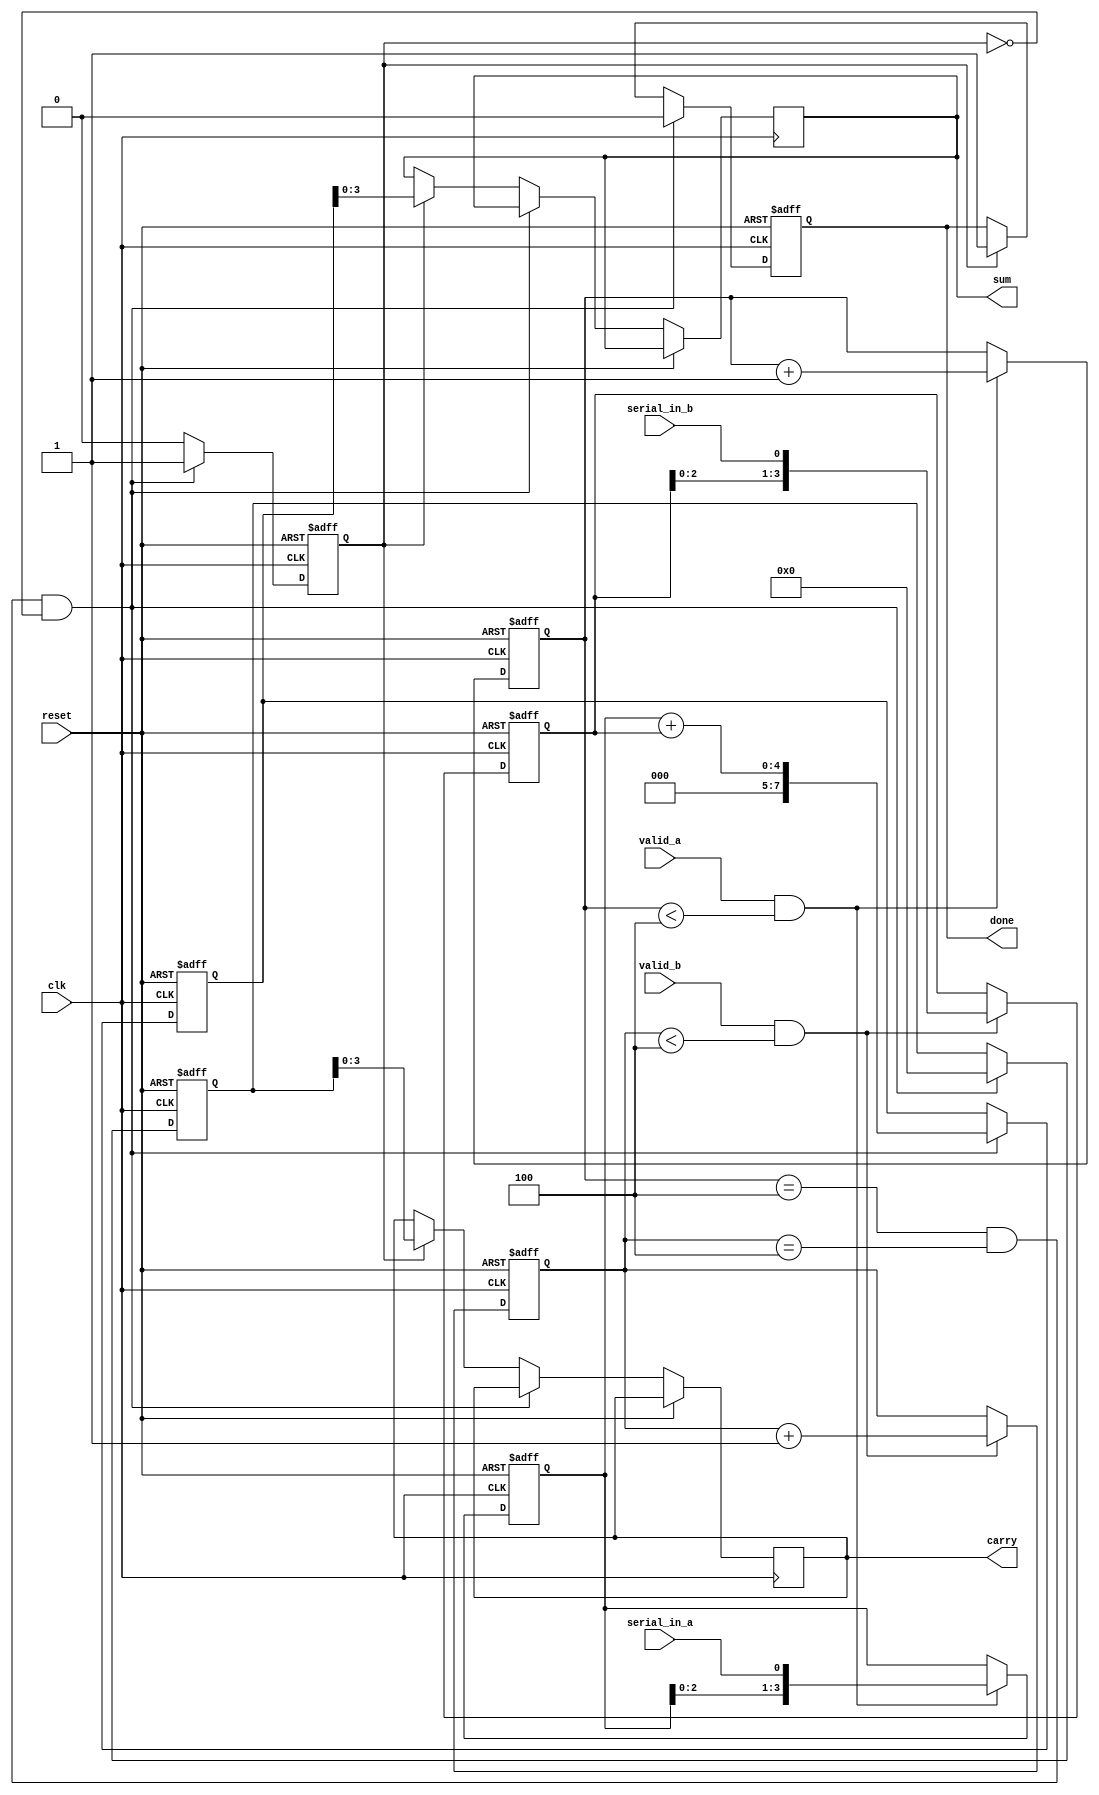
module CarrySaveAdderSerialInput #(
    parameter WIDTH = 4 // Width of the operands
)(
    input wire clk,           // Clock signal
    input wire reset,         // Reset signal
    input wire serial_in_a,   // Serial input for operand A
    input wire serial_in_b,   // Serial input for operand B
    input wire valid_a,       // Signal indicating valid input for A
    input wire valid_b,       // Signal indicating valid input for B
    output reg [WIDTH-1:0] sum, // Sum output
    output reg [WIDTH-1:0] carry, // Carry output
    output reg done           // Signal indicating operation is complete
);

    reg [WIDTH-1:0] shift_reg_a; // Shift register for operand A
    reg [WIDTH-1:0] shift_reg_b; // Shift register for operand B
    reg [2*WIDTH-1:0] sum_temp;  // Temporary sum storage
    reg [2*WIDTH-1:0] carry_temp; // Temporary carry storage
    reg [3:0] count_a;           // Counter for operand A
    reg [3:0] count_b;           // Counter for operand B
    reg processing;              // Flag to indicate processing state

    // Shift register for operand A
    always @(posedge clk or posedge reset) begin
        if (reset) begin
            shift_reg_a <= 0;
            count_a <= 0;
        end else if (valid_a && count_a < WIDTH) begin
            shift_reg_a <= {shift_reg_a[WIDTH-2:0], serial_in_a};
            count_a <= count_a + 1;
        end
    end

    // Shift register for operand B
    always @(posedge clk or posedge reset) begin
        if (reset) begin
            shift_reg_b <= 0;
            count_b <= 0;
        end else if (valid_b && count_b < WIDTH) begin
            shift_reg_b <= {shift_reg_b[WIDTH-2:0], serial_in_b};
            count_b <= count_b + 1;
        end
    end

    // CSA Logic
    always @(posedge clk or posedge reset) begin
        if (reset) begin
            sum_temp <= 0;
            carry_temp <= 0;
            done <= 0;
            processing <= 0;
        end else if (count_a == WIDTH && count_b == WIDTH && !processing) begin
            processing <= 1;
            done <= 0;
            // Perform CSA addition
            {carry_temp, sum_temp} <= {1'b0, shift_reg_a} + {1'b0, shift_reg_b};
        end else if (processing) begin
            // Update outputs
            sum <= sum_temp[WIDTH-1:0];
            carry <= carry_temp[WIDTH-1:0];
            done <= 1; // Indicate operation is complete
            processing <= 0; // Reset processing flag
        end
    end

endmodule